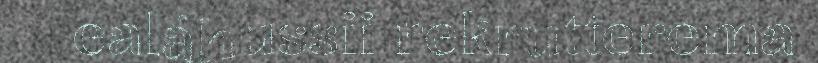
ealáhussii rekrutterema